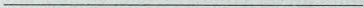
___